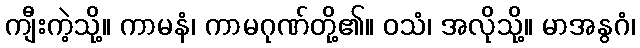
ကျီးကဲ့သို့။ ကာမနံ၊ ကာမဂုဏ်တို့၏။ ဝသံ၊ အလိုသို့။ မာအနွဂံ၊